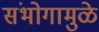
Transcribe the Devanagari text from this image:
संभोगामुळे